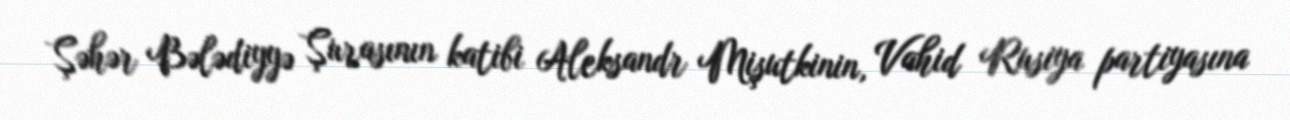
Şəhər Bələdiyyə Şurasının katibi Aleksandr Mişutkinin, Vahid Rusiya partiyasına